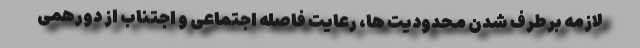
لازمه برطرف شدن محدودیت ها، رعایت فاصله اجتماعی و اجتناب از دورهمی